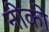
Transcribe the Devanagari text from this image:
नीको